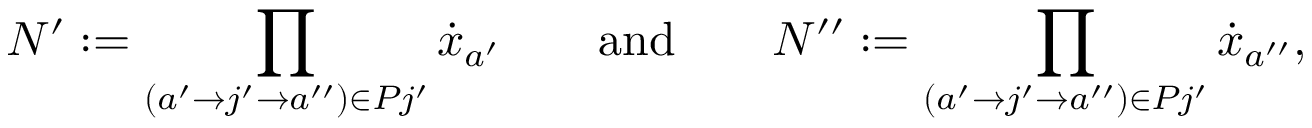
N ^ { \prime } : = \prod _ { ( a ^ { \prime } \to Ḋ j ^ { \prime } Ḍ \to a ^ { \prime \prime } ) \in P _ { Ḋ } j ^ { \prime } Ḍ } \dot { x } _ { a ^ { \prime } } \qquad \mathrm { a n d } \qquad N ^ { \prime \prime } : = \prod _ { ( a ^ { \prime } \to Ḋ j ^ { \prime } Ḍ \to a ^ { \prime \prime } ) \in P _ { Ḋ } j ^ { \prime } Ḍ } \dot { x } _ { a ^ { \prime \prime } } ,